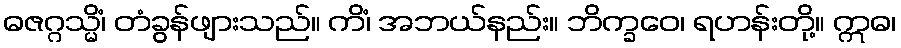
ဓဇဂ္ဂသ္မိံ၊ တံခွန်ဖျားသည်။ ကိံ၊ အဘယ်နည်း။ ဘိက္ခဝေ၊ ရဟန်းတို့။ ဣဓ၊